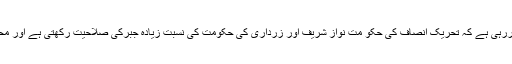
حکمران طبقہ کے اب تک کے اقدامات اور مقبولیت ظاہر کررہی ہے کہ تحریک انصاف کی حکو مت نواز شریف اور زرداری کی حکومت کی نسبت زیادہ جبرکی صلاحیت رکھتی ہے اور محنت کش طبقہ کے لیے ایک بدترین عہد کا آغاز ہوچکا ہے ۔